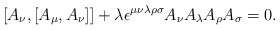
\begin{align*}[A_{\nu},[A_{\mu},A_{\nu}]] +\lambda\epsilon^{\mu\nu\lambda\rho\sigma}A_{\nu}A_{\lambda}A_{\rho}A_{\sigma}=0.\end{align*}